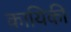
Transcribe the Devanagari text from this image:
कायिकी